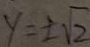
y = \pm \sqrt { 2 }